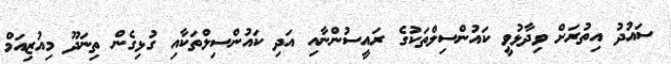
ސައުދު އިތުރަށް ވިދާޅުވީ ކައުންސިލްތަކުގެ ރައީސުންނާއި އަދި ކައުންސިލްތަކާއި ގުޅިގެން ތިނަދޫ މިއުޒިއަމް